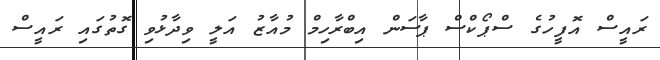
ރައީސް އޮފީހުގެ ސްޕޯކްސް ޕާސަން އިބްރާހިމް މުއާޒު އަލީ ވިދާޅުވި ގޮތުގައި ރައީސް